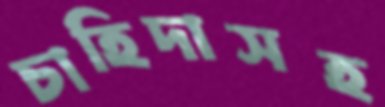
চাহিদাসহ